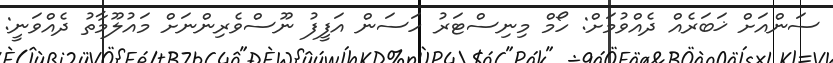
ސަންއަށް ޚަބަރެއް ދެއްވުމަށް: ހޯމް މިނިސްޓަރު ހަސަން އަފީފު ނޫސްވެރިންނަށް މައުލޫމާތު ދެއްވަނީ: